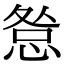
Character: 𢛃